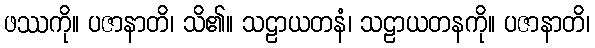
ဖဿကို။ ပဇာနာတိ၊ သိ၏။ သဠာယတနံ၊ သဠာယတနကို။ ပဇာနာတိ၊